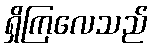
ရှိကြလေသည်